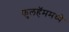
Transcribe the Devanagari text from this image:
फुलहॅममध्ये